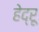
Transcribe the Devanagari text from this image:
हेद्रू